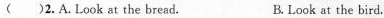
( )2.A. Look at the bread. B. Look at the bird.